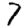
Digit: 7